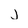
Character: j